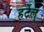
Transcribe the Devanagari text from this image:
हर्टेल्